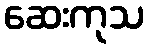
ဆေးကုသ